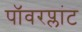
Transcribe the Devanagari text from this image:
पॉवरप्लांट